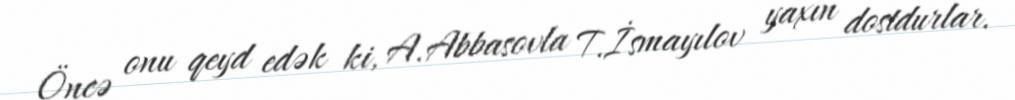
Öncə onu qeyd edək ki, A.Abbasovla T.İsmayılov yaxın dostdurlar.